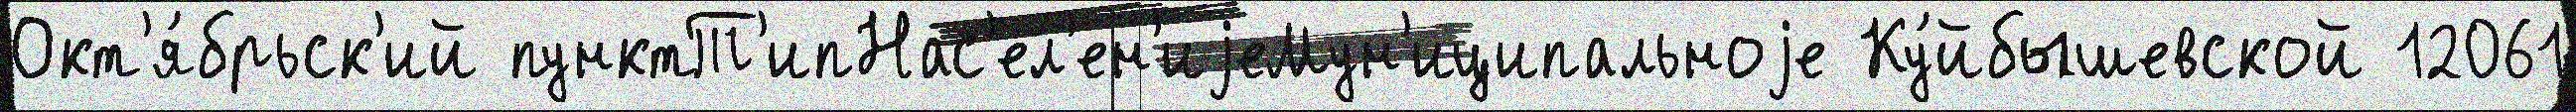
Окт'я́брьск'ий пунктТ'ипНас'ел'ен'иjеМун'иципальноjе Ку́йбышевской 12061